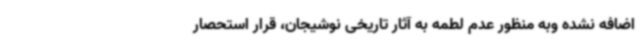
اضافه نشده وبه منظور عدم لطمه به آثار تاریخی نوشیجان، قرار استحصار